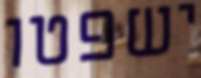
ישפטו